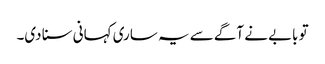
تو بابے نے آگے سے یہ ساری کہانی سنا دی۔